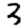
Digit: 3